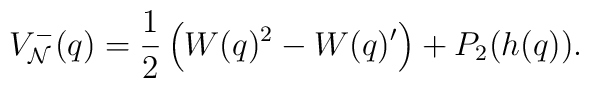
V^-_{\cal N}(q)=\frac12\left(W(q)^2 - W(q)'\right)+P_2(h(q)).